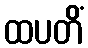
ထပတိံ